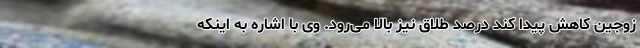
زوجین کاهش پیدا کند درصد طلاق نیز بالا می‌رود. وی با اشاره به اینکه